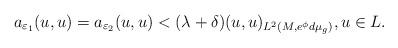
LaTeX: \begin{align*}a_{\varepsilon_1}(u,u) = a_{\varepsilon_2}(u,u) < (\lambda +\delta) (u,u)_{L^2(M,e^\phi d\mu_g)}, u\in L. \end{align*}